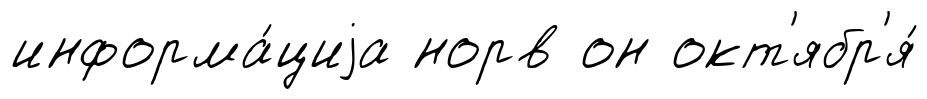
информа́циjа норв он окт'ябр'я́